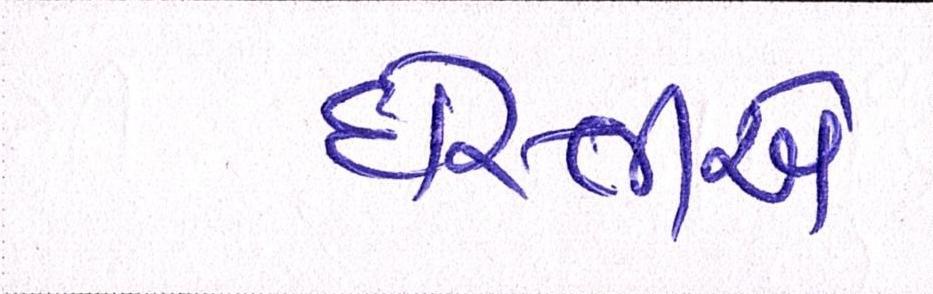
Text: દોસ્તીએ